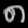
Digit: ၈